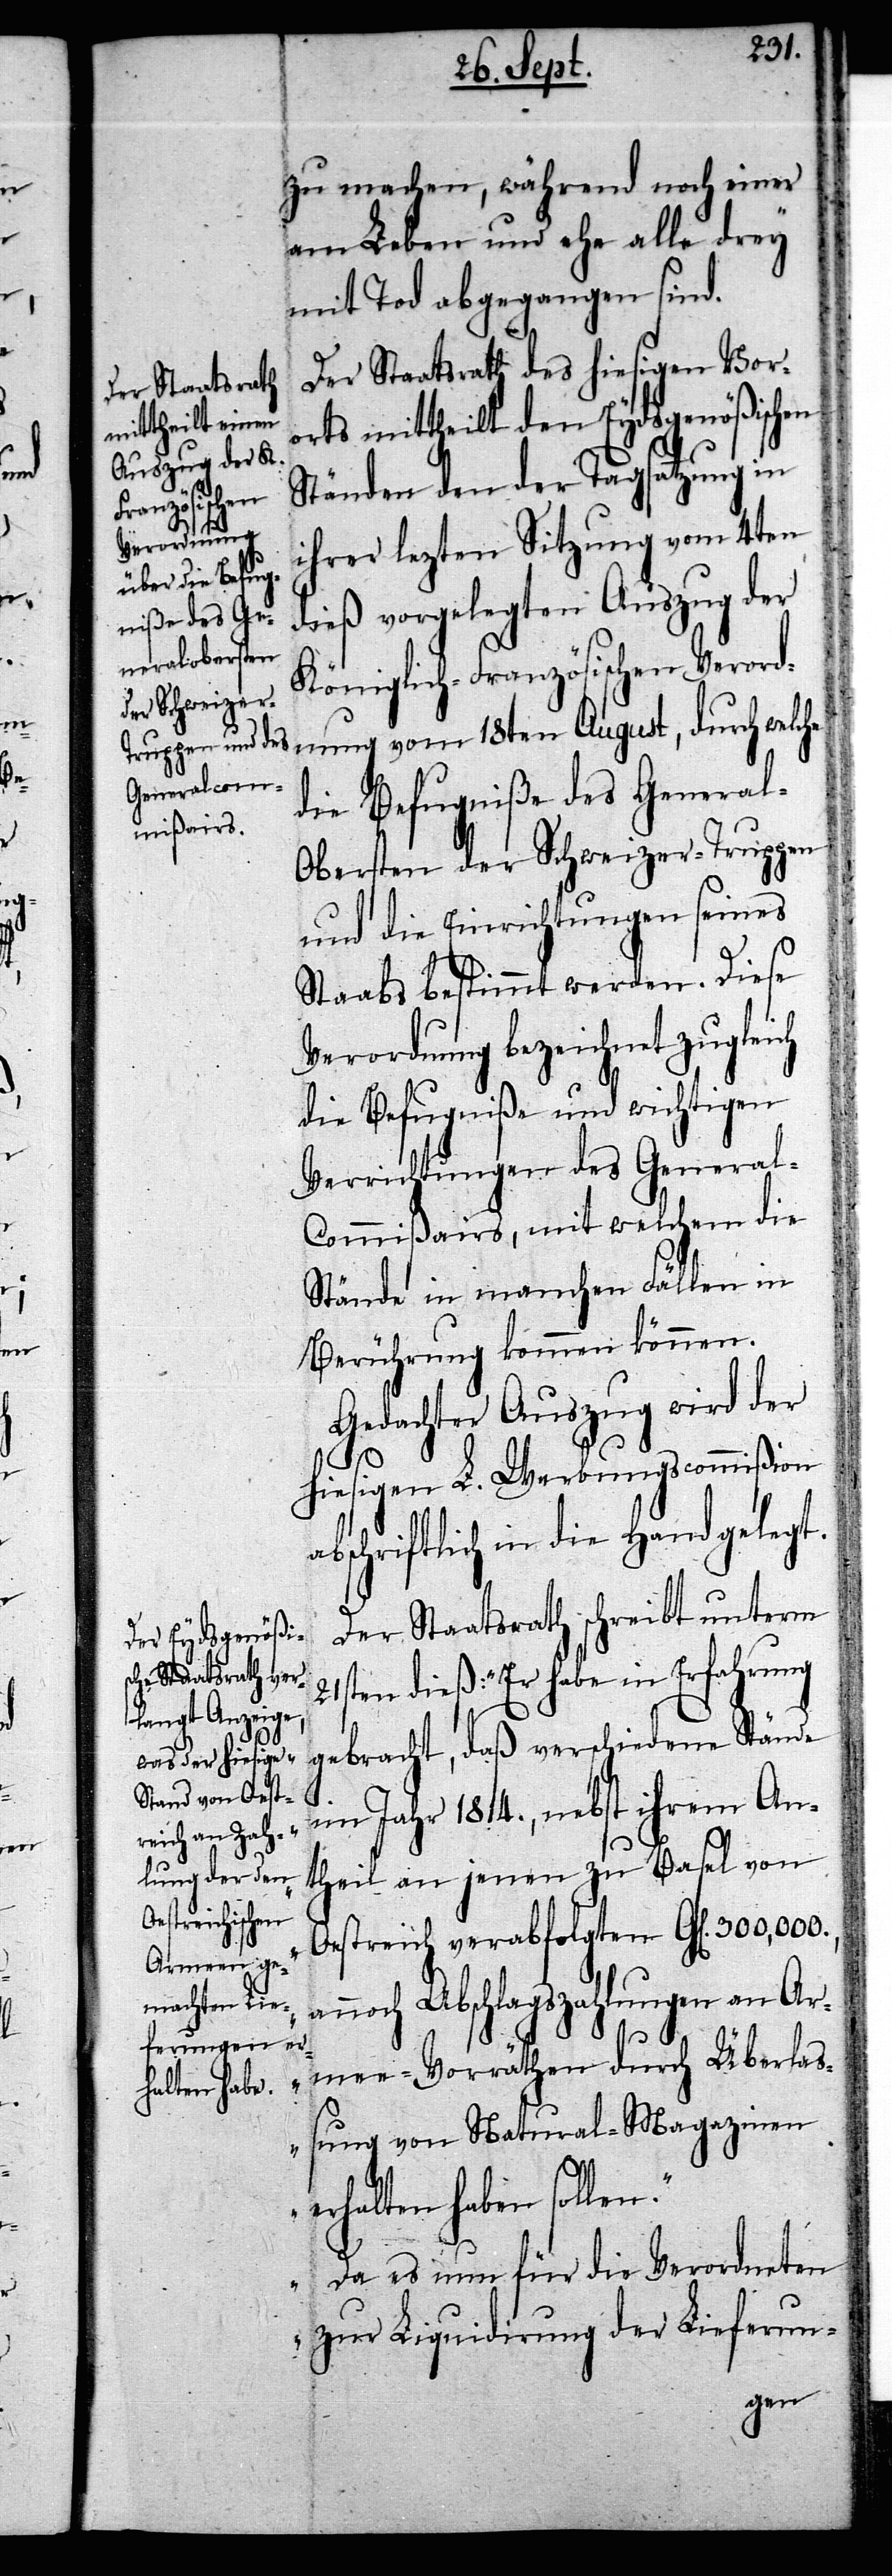
zu machen, während noch einer
am Leben und ehe alle drey
mit Tod abgegangen sind.
Der Staatsrath des hiesigen Vor¬
orts mittheilt den Eydsgenößischen
Ständen den der Tagsatzung in
ihrer lezten Sitzung vom 4ten
dieß vorgelegten Auszug der
Königlich-Französischen Verord¬
nung vom 18ten August, durch welche
die Befugniße des Genera¬
l-Obersten der Schweizer-Truppen
und die Einrichtungen seines
Staabs bestimmt werden. Diese
Verordnung bezeichnet zugleich
die Befugniße und wichtigen
Verrichtungen des Genera¬
l-Commißairs, mit welchem die
Stände in manchen Fällen in
Berührung kommen können.
Gedachter Auszug wird der
hiesigen L. Werbungscommißion
abschriftlich in die Hand gelegt.
Der Staatsrath schreibt unterm
21sten dieß : „Er habe in Erfahrung
gebracht, daß verschiedene Stände
im Jahr 1814., nebst ihrem An¬
theil an jenen zu Basel von
Oestreich verabfolgten Gl[en].
annoch Abschlagszahlungen an Ar¬
mee-Vorräthen durch Überlaß¬
ung von Natural-Magazinen
erhalten haben sollen.
Da es nun für die Verordneten
zur Liquidirung der Lieferun-